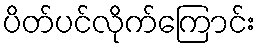
ပိတ်ပင်လိုက်ကြောင်း